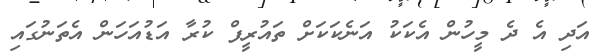
އަދި އެ ދެ މީހުން އެކަކު އަނެކަކަށް ތައުރީފް ކުރާ އަޑުއަހަން އެތަނުގައި